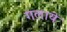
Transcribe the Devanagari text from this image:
गलाये